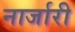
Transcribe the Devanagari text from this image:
नार्जारी